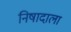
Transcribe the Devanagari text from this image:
निषादाला